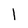
Character: l